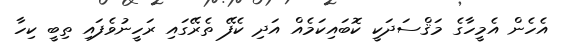
އެހެން އެމީހާގެ މަޤްސަދަކީ ކޮބައިކަމެއް އަދި ކެފޭ ތެރޭގައި ރަހީނުވެފައި ތިބީ ކިހާ